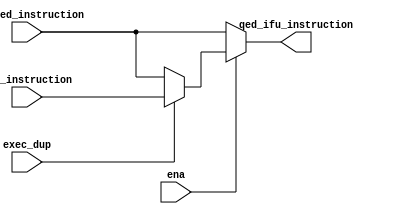
module qed_instruction_mux (/*AUTOARG*/
   // Outputs
   qed_ifu_instruction,
   // Inputs
   ifu_qed_instruction, qed_instruction,
    ena, exec_dup
   );

   input [31:0] ifu_qed_instruction;
   input [31:0] qed_instruction;
   input 	exec_dup;
   input        ena;
   
   output [31:0] qed_ifu_instruction;

   assign qed_ifu_instruction = ena ? ((exec_dup == 1'b0) ? ifu_qed_instruction : qed_instruction) : 
                                ifu_qed_instruction;
   
endmodule